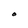
Character: O